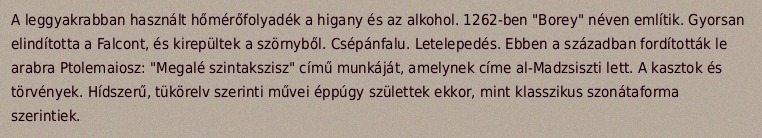
A leggyakrabban használt hőmérőfolyadék a higany és az alkohol. 1262-ben "Borey" néven említik. Gyorsan elindította a Falcont, és kirepültek a szörnyből. Csépánfalu. Letelepedés. Ebben a században fordították le arabra Ptolemaiosz: "Megalé szintakszisz" című munkáját, amelynek címe al-Madzsiszti lett. A kasztok és törvények. Hídszerű, tükörelv szerinti művei éppúgy születtek ekkor, mint klasszikus szonátaforma szerintiek.